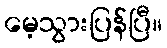
မေ့သွားပြန်ပြီ။